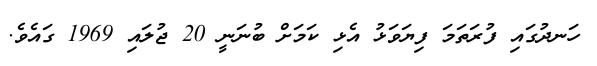
ހަނދުގައި ފުރަތަމަ ފިޔަވަޅު އެޅި ކަމަށް ބުނަނީ 20 ޖުލައި 1969 ގައެވެ.